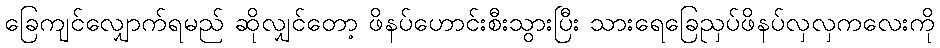
ခြေကျင်လျှောက်ရမည် ဆိုလျှင်တော့ ဖိနပ်ဟောင်းစီးသွားပြီး သားရေခြေညှပ်ဖိနပ်လှလှကလေးကို